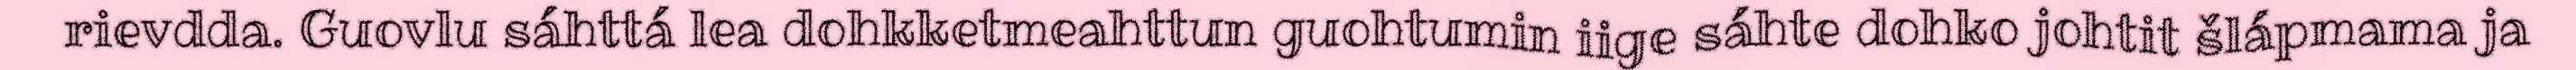
rievdda. Guovlu sáhttá lea dohkketmeahttun guohtumin iige sáhte dohko johtit šlápmama ja